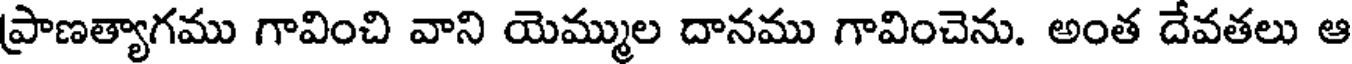
ప్రాణత్యాగము గావించి వాని యెమ్ముల దానము గావించెను. అంత దేవతలు ఆ